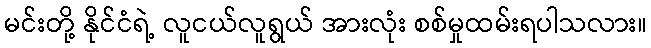
မင်းတို့ နိုင်ငံရဲ့ လူငယ်လူရွယ် အားလုံး စစ်မှုထမ်းရပါသလား။